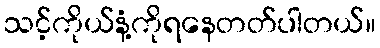
သင့်ကိုယ်နံ့ကိုရနေတတ်ပါတယ်။